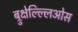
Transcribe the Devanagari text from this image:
ब्रुक्षेल्ल्लिओस